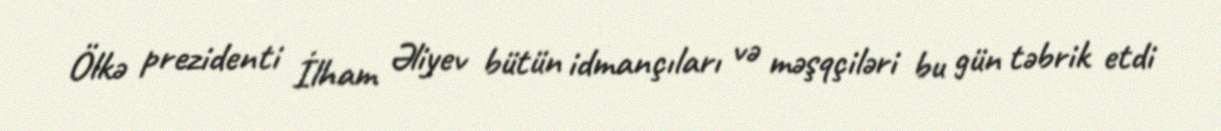
Ölkә prezidenti İlham Әliyev bütün idmançıları və mәşqçilәri bu gün tәbrik etdi